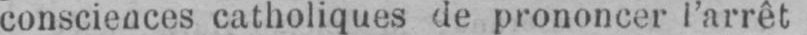
consciences catholiques de prononcer l’arrêt